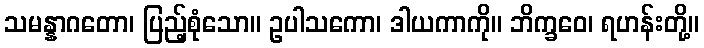
သမန္နာဂတော၊ ပြည့်စုံသော။ ဥပါသကော၊ ဒါယကာကို။ ဘိက္ခဝေ၊ ရဟန်းတို့။